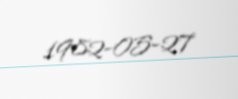
1982-05-27